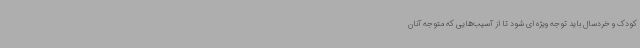
کودک و خردسال باید توجه ویژه ای شود تا از آسیب‌هایی که متوجه آنان